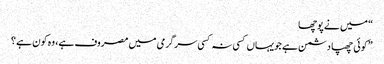
“ میں نے پوچھا
”کوئی چھپا دشمن ہے جویہاں کسی نہ کسی سرگرمی میں مصروف ہے، وہ کون ہے ؟